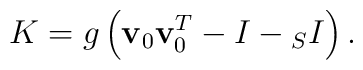
K=g\left({\bf v}_0{\bf v}_0^T-I-{}_SI\right).